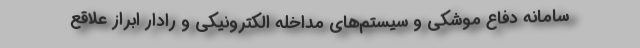
سامانه دفاع موشکی و سیستم‌های مداخله الکترونیکی و رادار ابراز علاقع